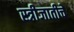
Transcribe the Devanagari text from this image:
स्त्रीजातीचे